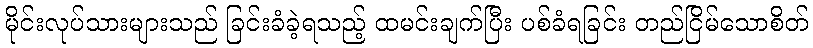
မိုင်းလုပ်သားများသည် ခြင်းခံခဲ့ရသည့် ထမင်းချက်ပြီး ပစ်ခံရခြင်း တည်ငြိမ်သောစိတ်